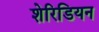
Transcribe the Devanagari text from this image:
शेरिडियन